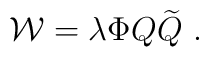
{\cal W}=\lambda \Phi Q{\widetilde Q}~.